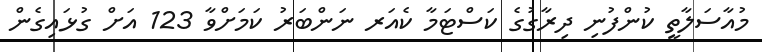
މުއާސަލާތީ ކުންފުނި ދިރާގުގެ ކަސްޓަމާ ކެއަރ ނަންބަރު ކަމަށްވާ 123 އަށް ގުޅައިގެން